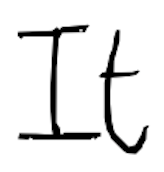
Text: It
Cross-out: clean
Writing tool: digital_black